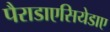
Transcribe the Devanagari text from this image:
पैराडाएसियेडाए